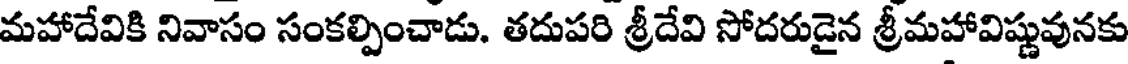
మహాదేవికి నివాసం సంకల్పించాడు. తదుపరి శ్రీదేవి సోదరుడైన శ్రీమహావిష్ణువునకు